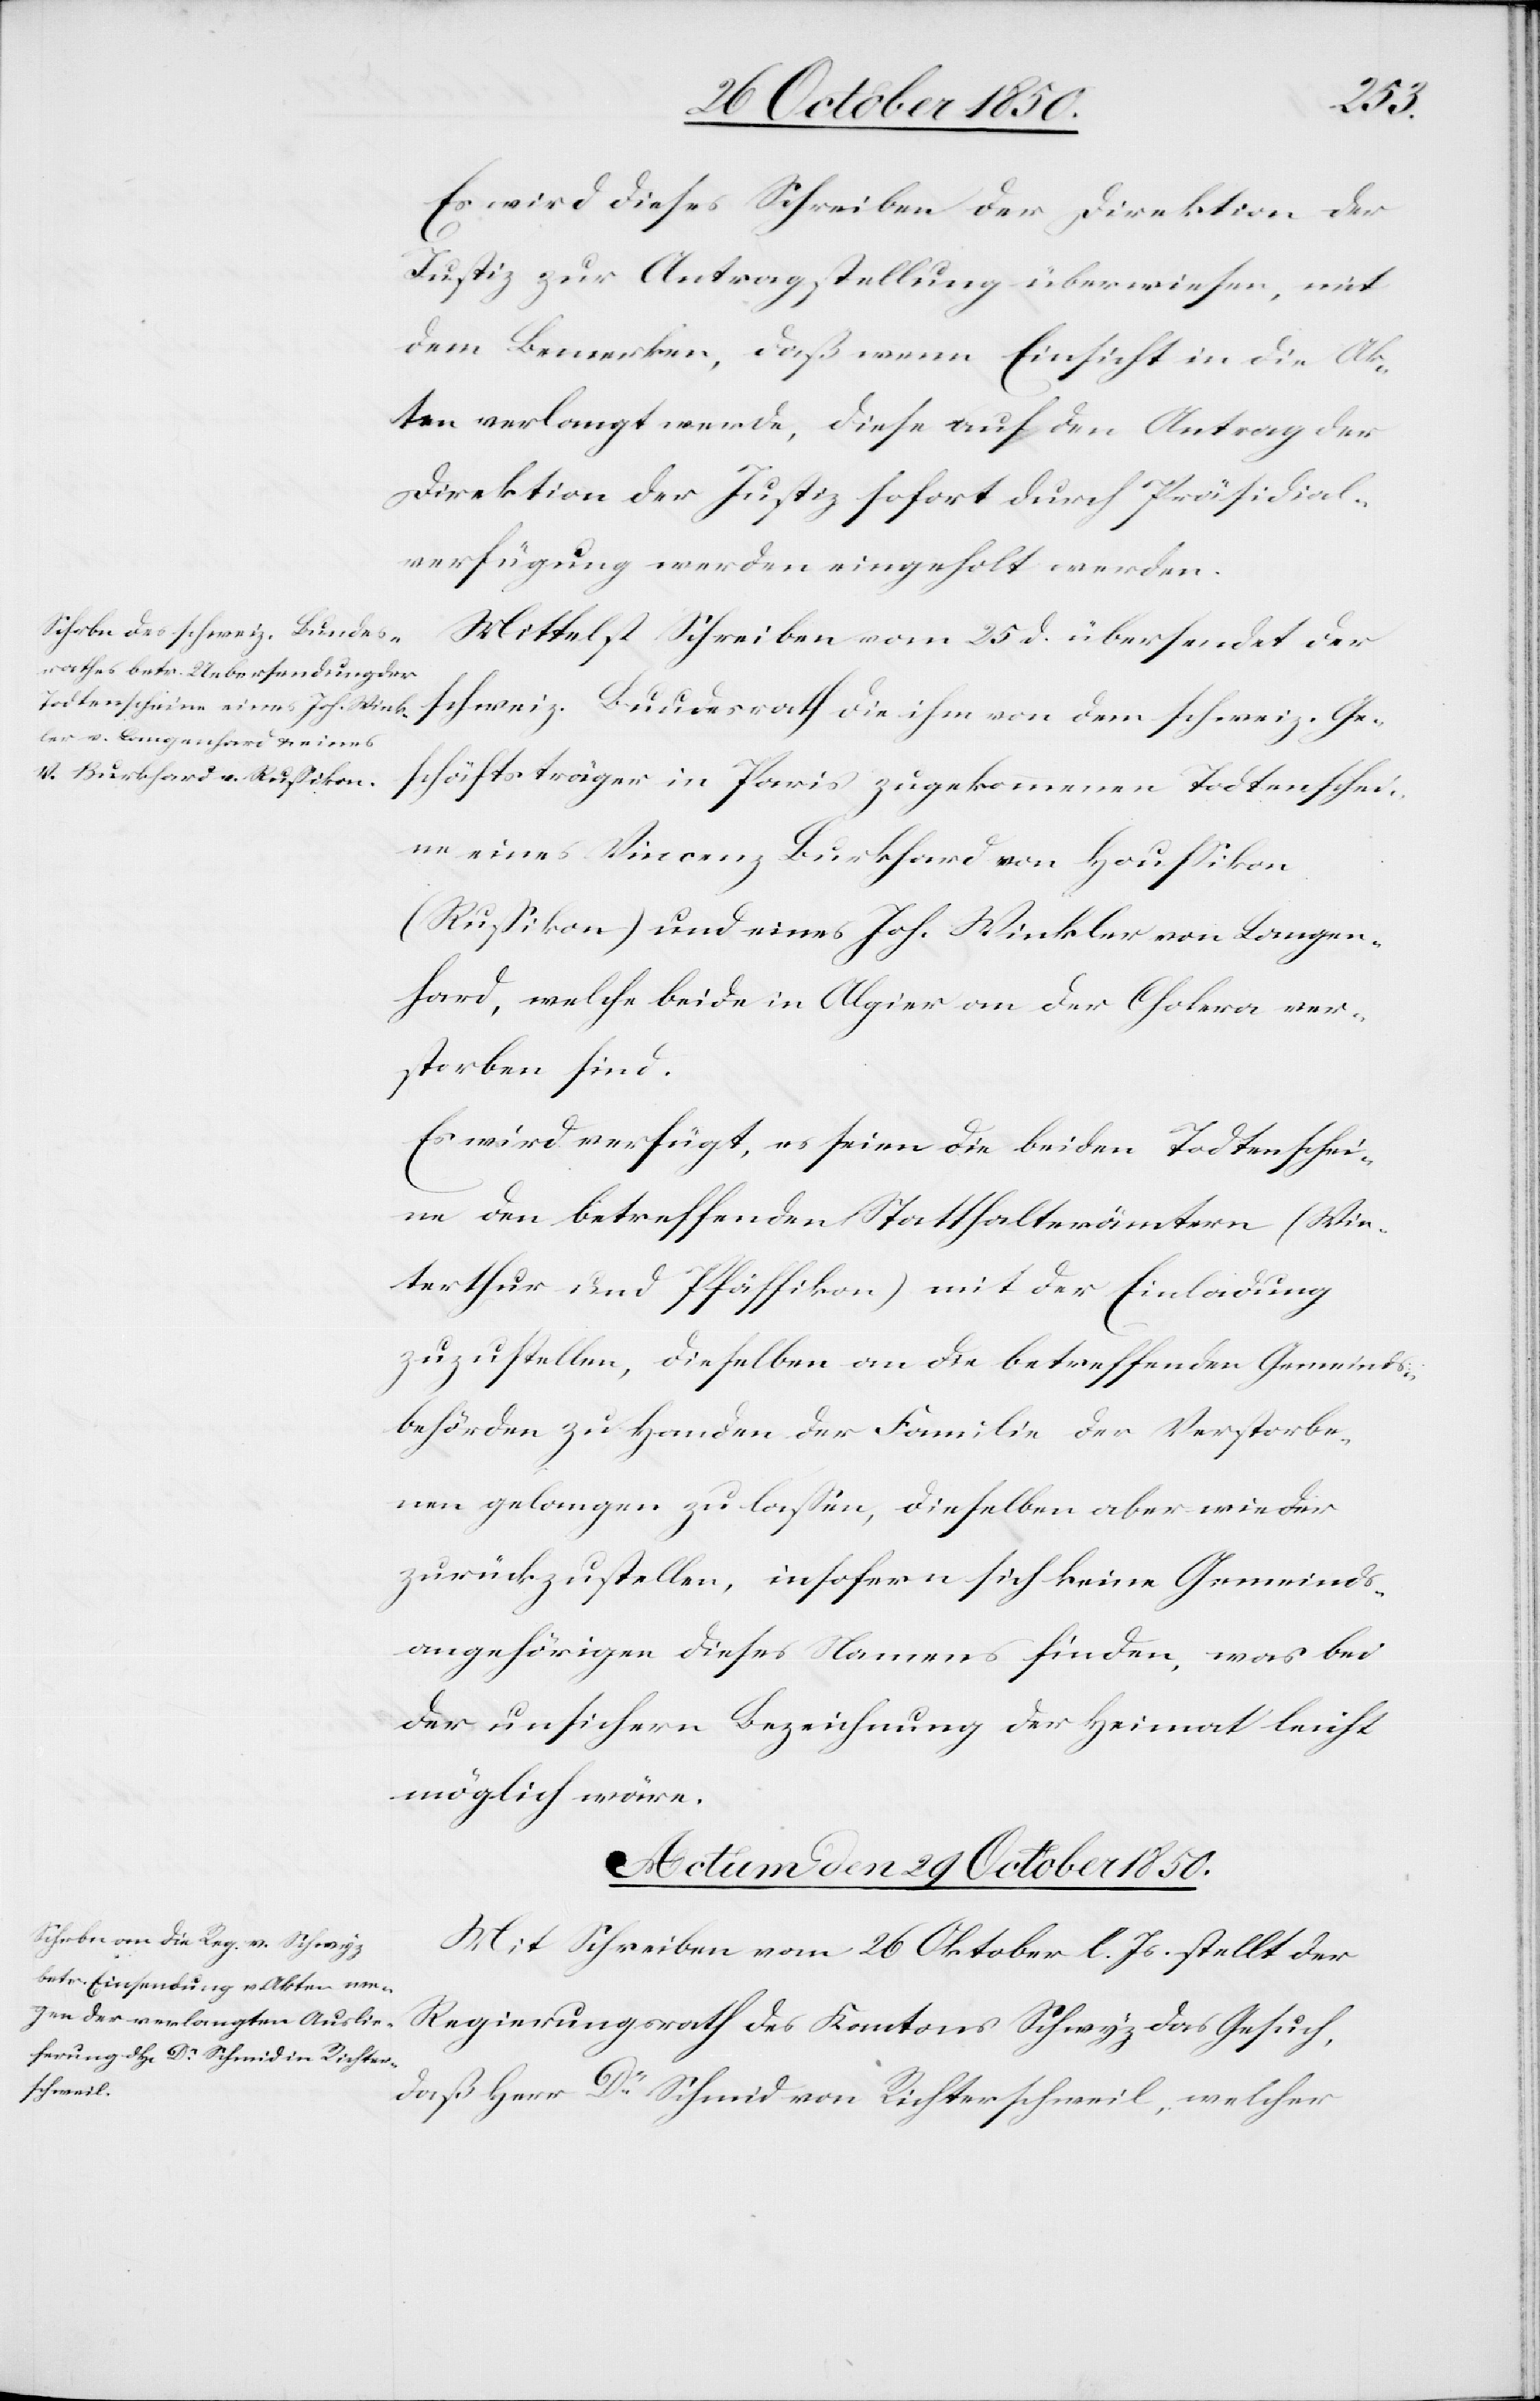
den
29 October 1850.
Es wird dieses Schreiben der Direktion der
Justiz zur Antragstellung überwiesen, mit
dem Bemerken, daß wenn Einsicht in die Ak¬
ten verlangt werde, diese auf den Antrag der
Direktion der Justiz sofort durch Präsidial¬
verfügung werden eingeholt weden.
Mittelst Schreiben vom 25 d übersendet der
schweiz. Bundesrath die ihm von dem schweiz. Ge¬
schäftsträger in Paris zugekommenen Todtenschei¬
ne eines Vincenz Burkhard von Houssikon
(Russikon) und eines Joh. Winkler von Langen¬
hard, welche beide in Algier an der Cholera ver¬
storben sind.
Es wird verfügt, es seien die beiden Todtenschei¬
ne den betreffenden Statthalterämtern (Win¬
terthur und Pfäffikon) mit der Einladung
zuzustellen, dieselben an die betreffenden Gemeinds¬
behörden zu Handen der Familie der Verstorbe¬
nen gelangen zu lassen, dieselben aber wieder
zurückzustellen, insofern sich keine Gemeinds¬
angehörigen dieses Namens finden, was bei
der unsichern Bezeichnung der Heimat leicht
möglich wäre.
Mit Schreiben vom 26 Oktober l. Js. stellt der
Regierungsrath des Kantons Schwyz das Gesuch,
daß Herr Dr Schmid von Richterschweil, welcher